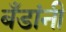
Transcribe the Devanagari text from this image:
बँडांनी